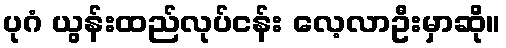
ပုဂံ ယွန်းထည်လုပ်ငန်း လေ့လာဦးမှာဆို။